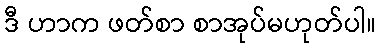
ဒီ ဟာက ဖတ်စာ စာအုပ်မဟုတ်ပါ။